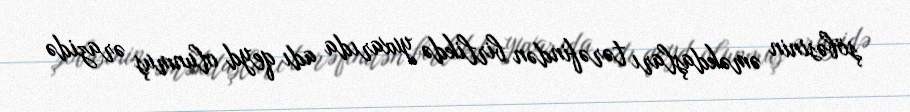
şöbəsinin əməkdaşları tərəfindən birlikdə yuxarıda adı qeyd olunmuş ərazidə